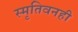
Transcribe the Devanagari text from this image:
स्मृतिवनही